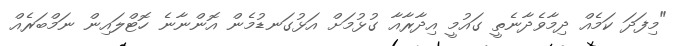
"މިފަދަ ކަމެއް ދިމާވެދާނެތީ ގައުމީ އިދާރާއާ ގުޅުމަށް އަޅުގަނޑުމެން އޮންނާނެ ހޮޓްލައިން ނަމްބަރެއް